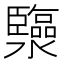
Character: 𤄈